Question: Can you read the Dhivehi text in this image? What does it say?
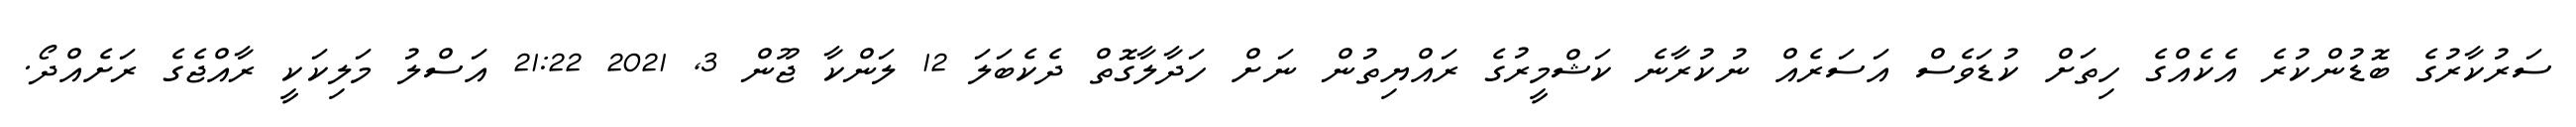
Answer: ސަރުކާރުގެ ބޮޑުންކުރެ އެކެއްގެ ހިތަށް ކުޑަވެސް އަސަރެއް ނުކުރާނެ ކަޝްމީރުގެ ރައްޔިތުން ނަށް ހަދާލާގޮތް ދެކެބަލަ 12 ލަންކާ ޖޫން 3, 2021 21:22 އަސްލު މަލިކަކީ ރާއްޖެގެ ރަށެއްދޯ.